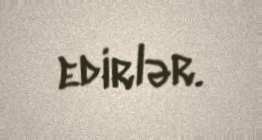
edirlər.